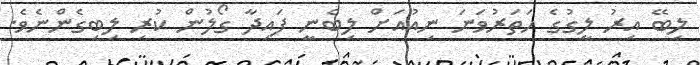
ލިބޭ އިރު ލީގުގެ ހަތަރުވަނަ ނިއުއަށް ލިބެނީ ފައިދާ ގޯލުން ކުރި ލިބިގެންނެވެ.